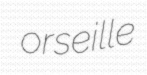
orseille